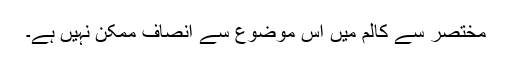
مختصر سے کالم میں اس موضوع سے انصاف ممکن نہیں ہے۔